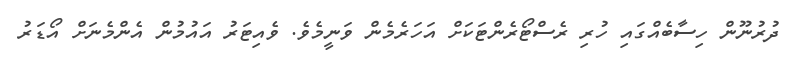
ދުރުނޫން ހިސާބެއްގައި ހުރި ރެސްޓޯރެންޓަކަށް އަހަރެމެން ވަނީމެވެ. ވެއިޓަރު އައުމުން އެންމެނަށް އޯޑަރު